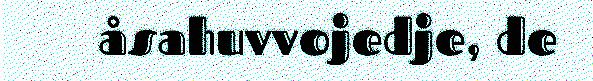
åsahuvvojedje, de